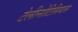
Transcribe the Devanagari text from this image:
टेलीनोटिसियास